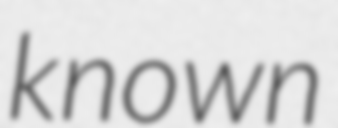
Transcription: known